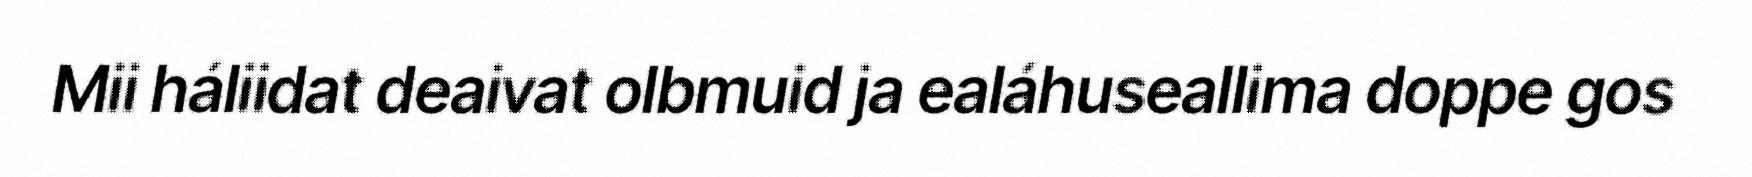
Mii háliidat deaivat olbmuid ja ealáhuseallima doppe gos